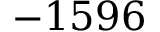
- 1 5 9 6